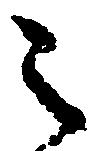
之